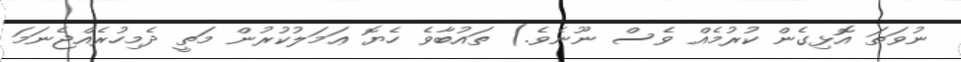
ނުވަތަ އޮޅިގެން ކުރުމެއް ވެސް ނޫނެވެ.) ތައުބާވެ ހެޔޮ ޢަމަލުކުރުން މަތީ ދެމިހުރެއްޖެނަމަ